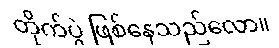
တိုက်ပွဲ ဖြစ်နေသည်လော။